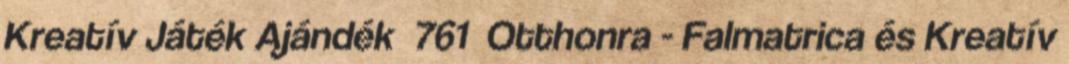
Kreatív Játék Ajándék 761 Otthonra - Falmatrica és Kreatív